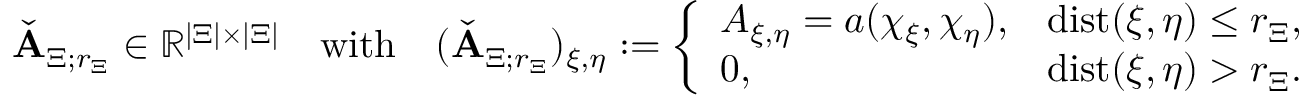
\begin{array} { r } { \check { \boldsymbol { \mathbf { A } } } _ { \Xi ; r _ { \Xi } } \in \mathbb { R } ^ { | \Xi | \times | \Xi | } \quad \mathrm { w i t h } \quad ( \check { \boldsymbol { \mathbf { A } } } _ { \Xi ; r _ { \Xi } } ) _ { \xi , \eta } : = \left\{ \begin{array} { l l } { A _ { \xi , \eta } = a ( \chi _ { \xi } , \chi _ { \eta } ) , } & { \mathrm { d i s t } ( \xi , \eta ) \le r _ { \Xi } , } \\ { 0 , } & { \mathrm { d i s t } ( \xi , \eta ) > r _ { \Xi } . } \end{array} \right. } \end{array}